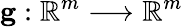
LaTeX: \mathbf{g}:\mathbb{R}^{m}\longrightarrow\mathbb{R}^{m}